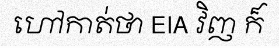
ហៅកាត់ថា EIA វិញ ក៏